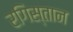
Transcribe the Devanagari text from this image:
रगिस्तान